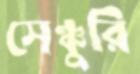
সেঞ্চুরি